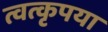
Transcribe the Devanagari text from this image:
त्वत्कृपया